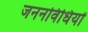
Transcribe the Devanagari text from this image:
जननविधियों